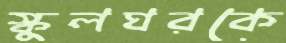
স্কুলঘরকে